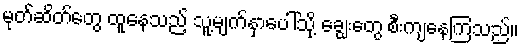
မုတ်ဆိတ်တွေ ထူနေသည့် သူ့မျက်နှာပေါ်သို့ ချွေးတွေ စီးကျနေကြသည်။